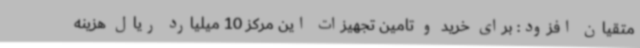
متقیان افزود: برای خرید و تامین تجهیزات این مرکز 10 میلیارد ریال هزینه